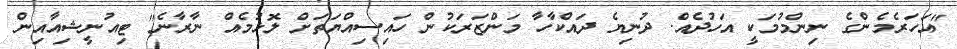
"އަހަރެމެންގެ ނިންމުމަކީ އަހުދެއް. ދުނިޔެ ދައްކާހާ މަންޒަރަކުން ހައިސިއްޔަތަށް ލޮޅުމެއް ނާރާނެ" ޓިއުނީޝިއާއިން